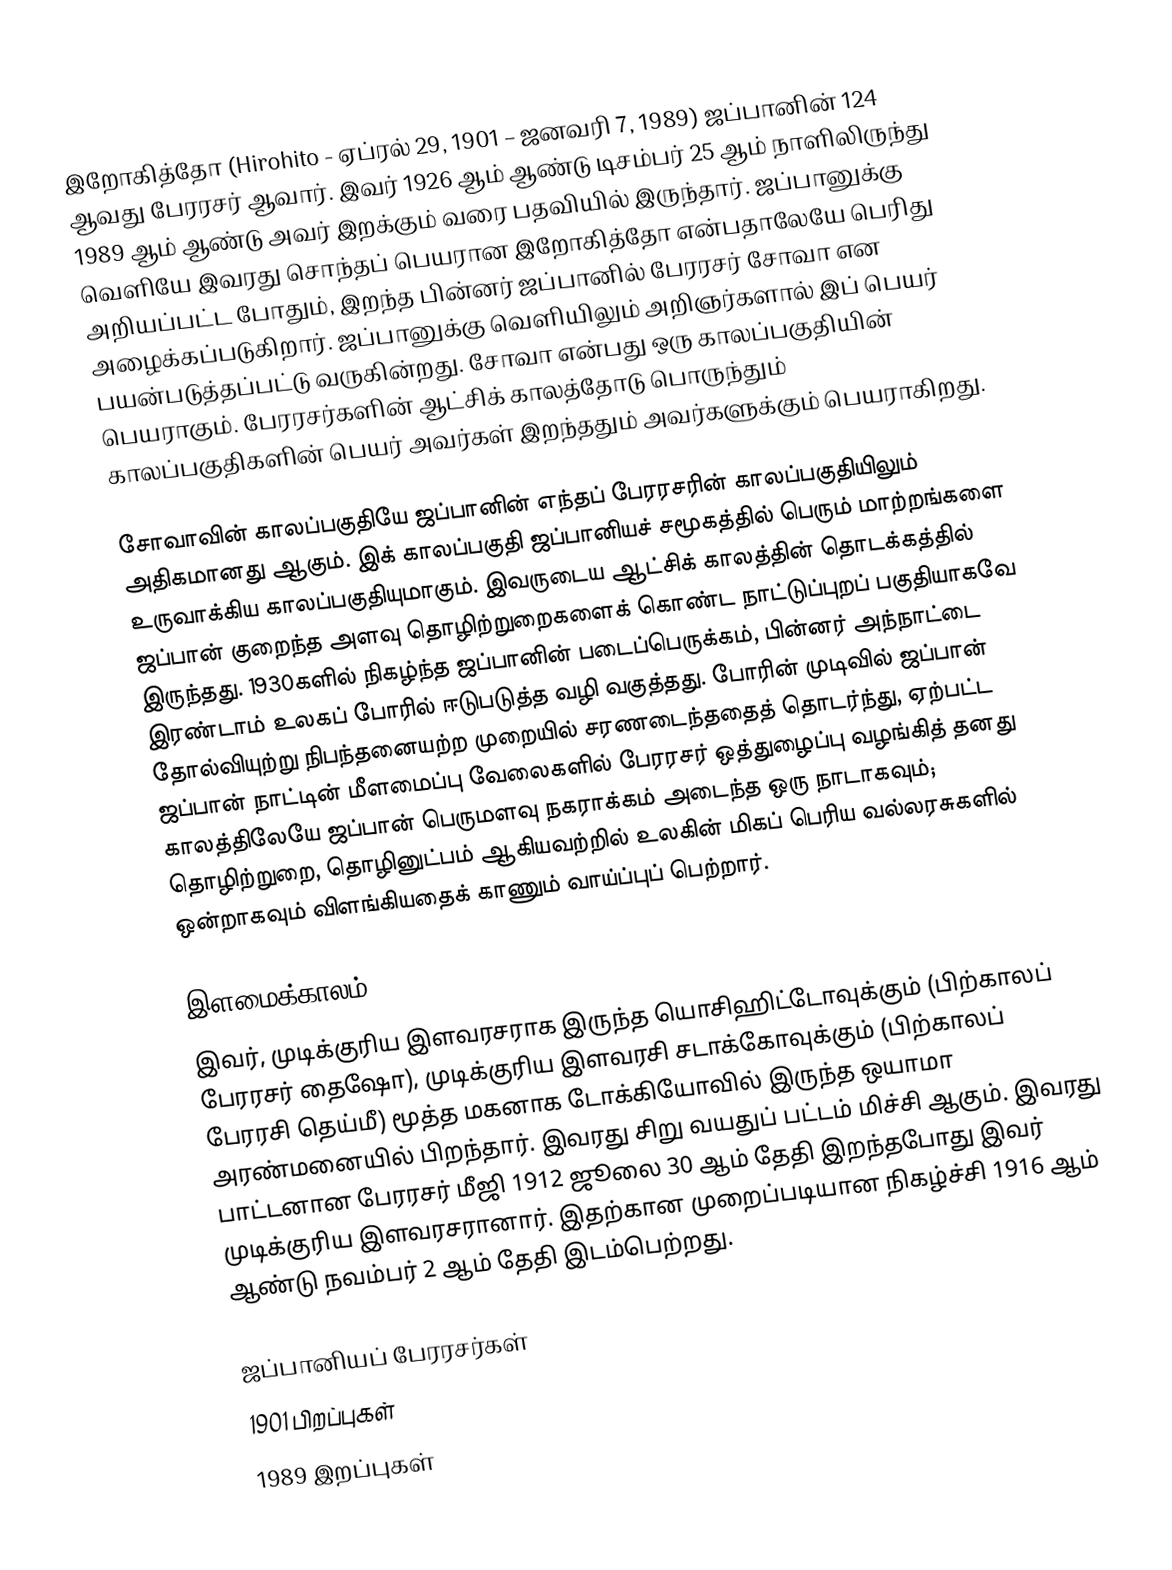
இறோகித்தோ (Hirohito - ஏப்ரல் 29, 1901 – ஜனவரி 7, 1989) ஜப்பானின் 124 ஆவது பேரரசர் ஆவார். இவர் 1926 ஆம் ஆண்டு டிசம்பர் 25 ஆம் நாளிலிருந்து 1989 ஆம் ஆண்டு அவர் இறக்கும் வரை பதவியில் இருந்தார். ஜப்பானுக்கு வெளியே இவரது சொந்தப் பெயரான இறோகித்தோ என்பதாலேயே பெரிது அறியப்பட்ட போதும், இறந்த பின்னர் ஜப்பானில் பேரரசர் சோவா என அழைக்கப்படுகிறார். ஜப்பானுக்கு வெளியிலும் அறிஞர்களால் இப் பெயர் பயன்படுத்தப்பட்டு வருகின்றது. சோவா என்பது ஒரு காலப்பகுதியின் பெயராகும். பேரரசர்களின் ஆட்சிக் காலத்தோடு பொருந்தும் காலப்பகுதிகளின் பெயர் அவர்கள் இறந்ததும் அவர்களுக்கும் பெயராகிறது.

சோவாவின் காலப்பகுதியே ஜப்பானின் எந்தப் பேரரசரின் காலப்பகுதியிலும் அதிகமானது ஆகும். இக் காலப்பகுதி ஜப்பானியச் சமூகத்தில் பெரும் மாற்றங்களை உருவாக்கிய காலப்பகுதியுமாகும். இவருடைய ஆட்சிக் காலத்தின் தொடக்கத்தில் ஜப்பான் குறைந்த அளவு தொழிற்றுறைகளைக் கொண்ட நாட்டுப்புறப் பகுதியாகவே இருந்தது. 1930களில் நிகழ்ந்த ஜப்பானின் படைப்பெருக்கம், பின்னர் அந்நாட்டை இரண்டாம் உலகப் போரில் ஈடுபடுத்த வழி வகுத்தது. போரின் முடிவில் ஜப்பான் தோல்வியுற்று நிபந்தனையற்ற முறையில் சரணடைந்ததைத் தொடர்ந்து, ஏற்பட்ட ஜப்பான் நாட்டின் மீளமைப்பு வேலைகளில் பேரரசர் ஒத்துழைப்பு வழங்கித் தனது காலத்திலேயே ஜப்பான் பெருமளவு நகராக்கம் அடைந்த ஒரு நாடாகவும்; தொழிற்றுறை, தொழினுட்பம் ஆகியவற்றில் உலகின் மிகப் பெரிய வல்லரசுகளில் ஒன்றாகவும் விளங்கியதைக் காணும் வாய்ப்புப் பெற்றார்.

இளமைக்காலம்
இவர், முடிக்குரிய இளவரசராக இருந்த யொசிஹிட்டோவுக்கும் (பிற்காலப் பேரரசர் தைஷோ), முடிக்குரிய இளவரசி சடாக்கோவுக்கும் (பிற்காலப் பேரரசி தெய்மீ) மூத்த மகனாக டோக்கியோவில் இருந்த ஒயாமா அரண்மனையில் பிறந்தார். இவரது சிறு வயதுப் பட்டம் மிச்சி ஆகும். இவரது பாட்டனான பேரரசர் மீஜி 1912 ஜூலை 30 ஆம் தேதி இறந்தபோது இவர் முடிக்குரிய இளவரசரானார். இதற்கான முறைப்படியான நிகழ்ச்சி 1916 ஆம் ஆண்டு நவம்பர் 2 ஆம் தேதி இடம்பெற்றது.

ஜப்பானியப் பேரரசர்கள்
1901 பிறப்புகள்
1989 இறப்புகள்